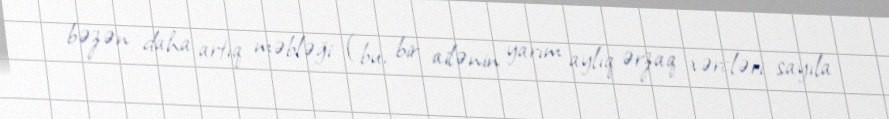
bəzən daha artıq məbləği (bu, bir ailənin yarım aylıq ərzaq xərcləri sayıla